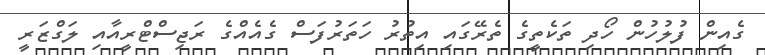
ގެއިން ފުލުހުން ހޯދި ތަކެތީގެ ތެރޭގައި އިތުރު ހަތަރުފަސް ގެއެއްގެ ރަޖިސްޓްރީއާއި ލަގްޒަރީ